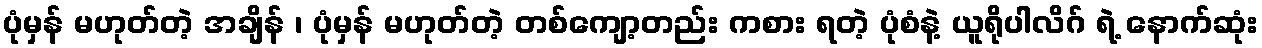
ပုံမှန် မဟုတ်တဲ့ အချိန် ၊ ပုံမှန် မဟုတ်တဲ့ တစ်ကျော့တည်း ကစား ရတဲ့ ပုံစံနဲ့ ယူရိုပါလိဂ် ရဲ့ နောက်ဆုံး